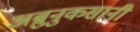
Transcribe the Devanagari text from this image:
अब्रुनुकसानी